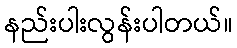
နည်းပါးလွန်းပါတယ်။